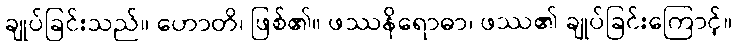
ချုပ်ခြင်းသည်။ ဟောတိ၊ ဖြစ်၏။ ဖဿနိရောဓာ၊ ဖဿ၏ ချုပ်ခြင်းကြောင့်။